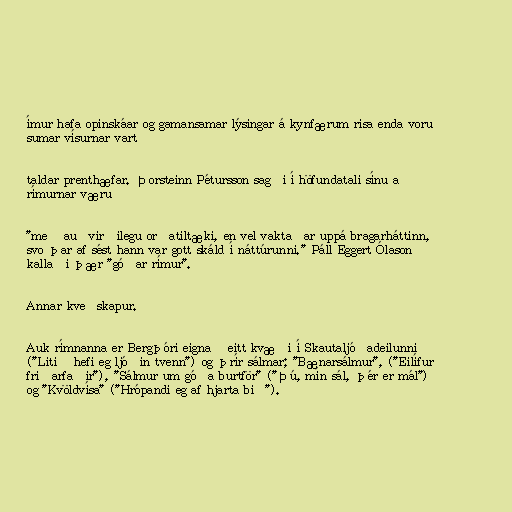
ímur hafa opinskáar og gamansamar lýsingar á kynfærum risa enda voru
sumar vísurnar vart

taldar prenthæfar. Þorsteinn Pétursson sagði í höfundatali sínu að
rímurnar væru

"með auðvirðilegu orðatiltæki, en vel vaktaðar uppá bragarháttinn,
svo þar af sést hann var gott skáld í náttúrunni." Páll Eggert Ólason
kallaði þær "góðar rímur".

Annar kveðskapur.

Auk rímnanna er Bergþóri eignað eitt kvæði í Skautaljóðadeilunni
("Litið hefi eg ljóðin tvenn") og þrír sálmar; "Bænarsálmur", ("Eilífur
friðarfaðir"), "Sálmur um góða burtför" ("Þú, mín sál, þér er mál")
og "Kvöldvísa" ("Hrópandi eg af hjarta bið").